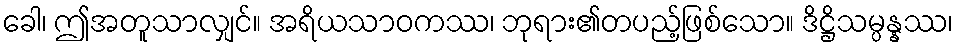
ခေါ၊ ဤအတူသာလျှင်။ အရိယသာဝကဿ၊ ဘုရား၏တပည့်ဖြစ်သော။ ဒိဋ္ဌိသမ္ပန္နဿ၊